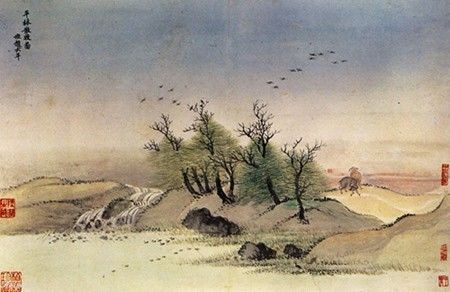
晓月过残垒，繁星宿故关。